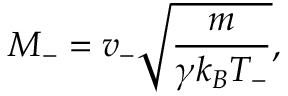
M _ { - } = v _ { - } \sqrt { \frac { m } { \gamma k _ { B } T _ { - } } } ,